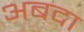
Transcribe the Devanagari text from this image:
अबदा